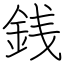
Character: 銭